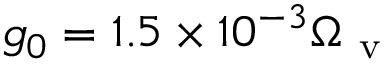
g _ { 0 } = 1 . 5 \times 1 0 ^ { - 3 } \Omega _ { \mathrm { ~ v ~ } }